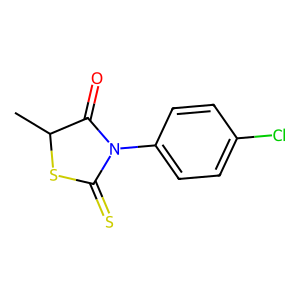
SMILES: CC1SC(=S)N(c2ccc(Cl)cc2)C1=O
Inhibits HIV replication: No